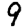
Digit: 9